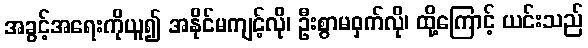
အခွင့်အရေးကိုယူ၍ အနိုင်မကျင့်လို၊ ဦးစွာမဝှက်လို၊ ထို့ကြောင့် ယင်းသည်